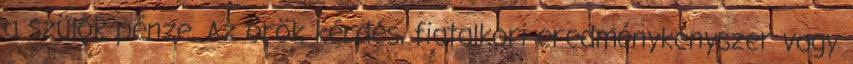
a szülők pénze. Az örök kérdés, fiatalkori eredménykényszer vagy